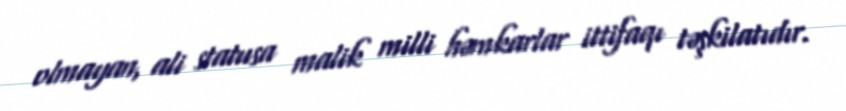
olmayan, ali statusa malik milli həmkarlar ittifaqı təşkilatıdır.